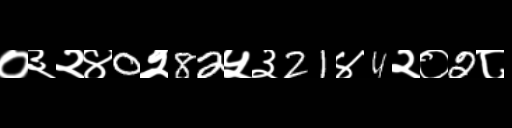
Text: ०३२४0२82५३21४4२०2८